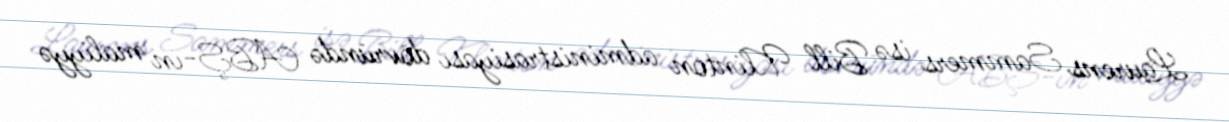
Laurens Sammers isə Bill Klinton administrasiyası dövründə ABŞ-ın maliyyə